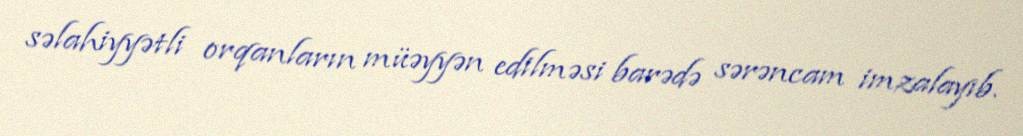
səlahiyyətli orqanların müəyyən edilməsi barədə sərəncam imzalayıb.